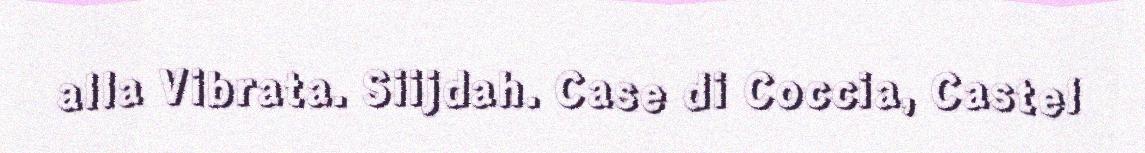
alla Vibrata. Siijdah. Case di Coccia, Castel